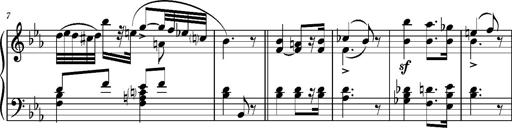
Title: Andantino pour Emile et Charlotte Loudon
Composer: Franz Liszt
Key: E-flat major